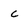
Character: C